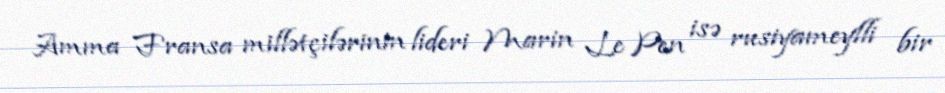
Amma Fransa millətçilərinin lideri Marin Le Pen isə rusiyameylli bir